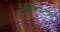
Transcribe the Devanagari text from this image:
वौशिन्ग्टन